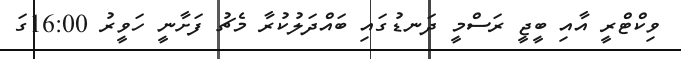
ވިކްޓްރީ އާއި ބީޖީ ރަސްމީ ދަނޑުގައި ބައްދަލުކުރާ މެޗު ފަށާނީ ހަވީރު 16:00ގަ